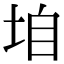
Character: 垍